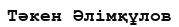
Тәкен Әлімқұлов